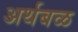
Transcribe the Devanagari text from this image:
अर्थबळ